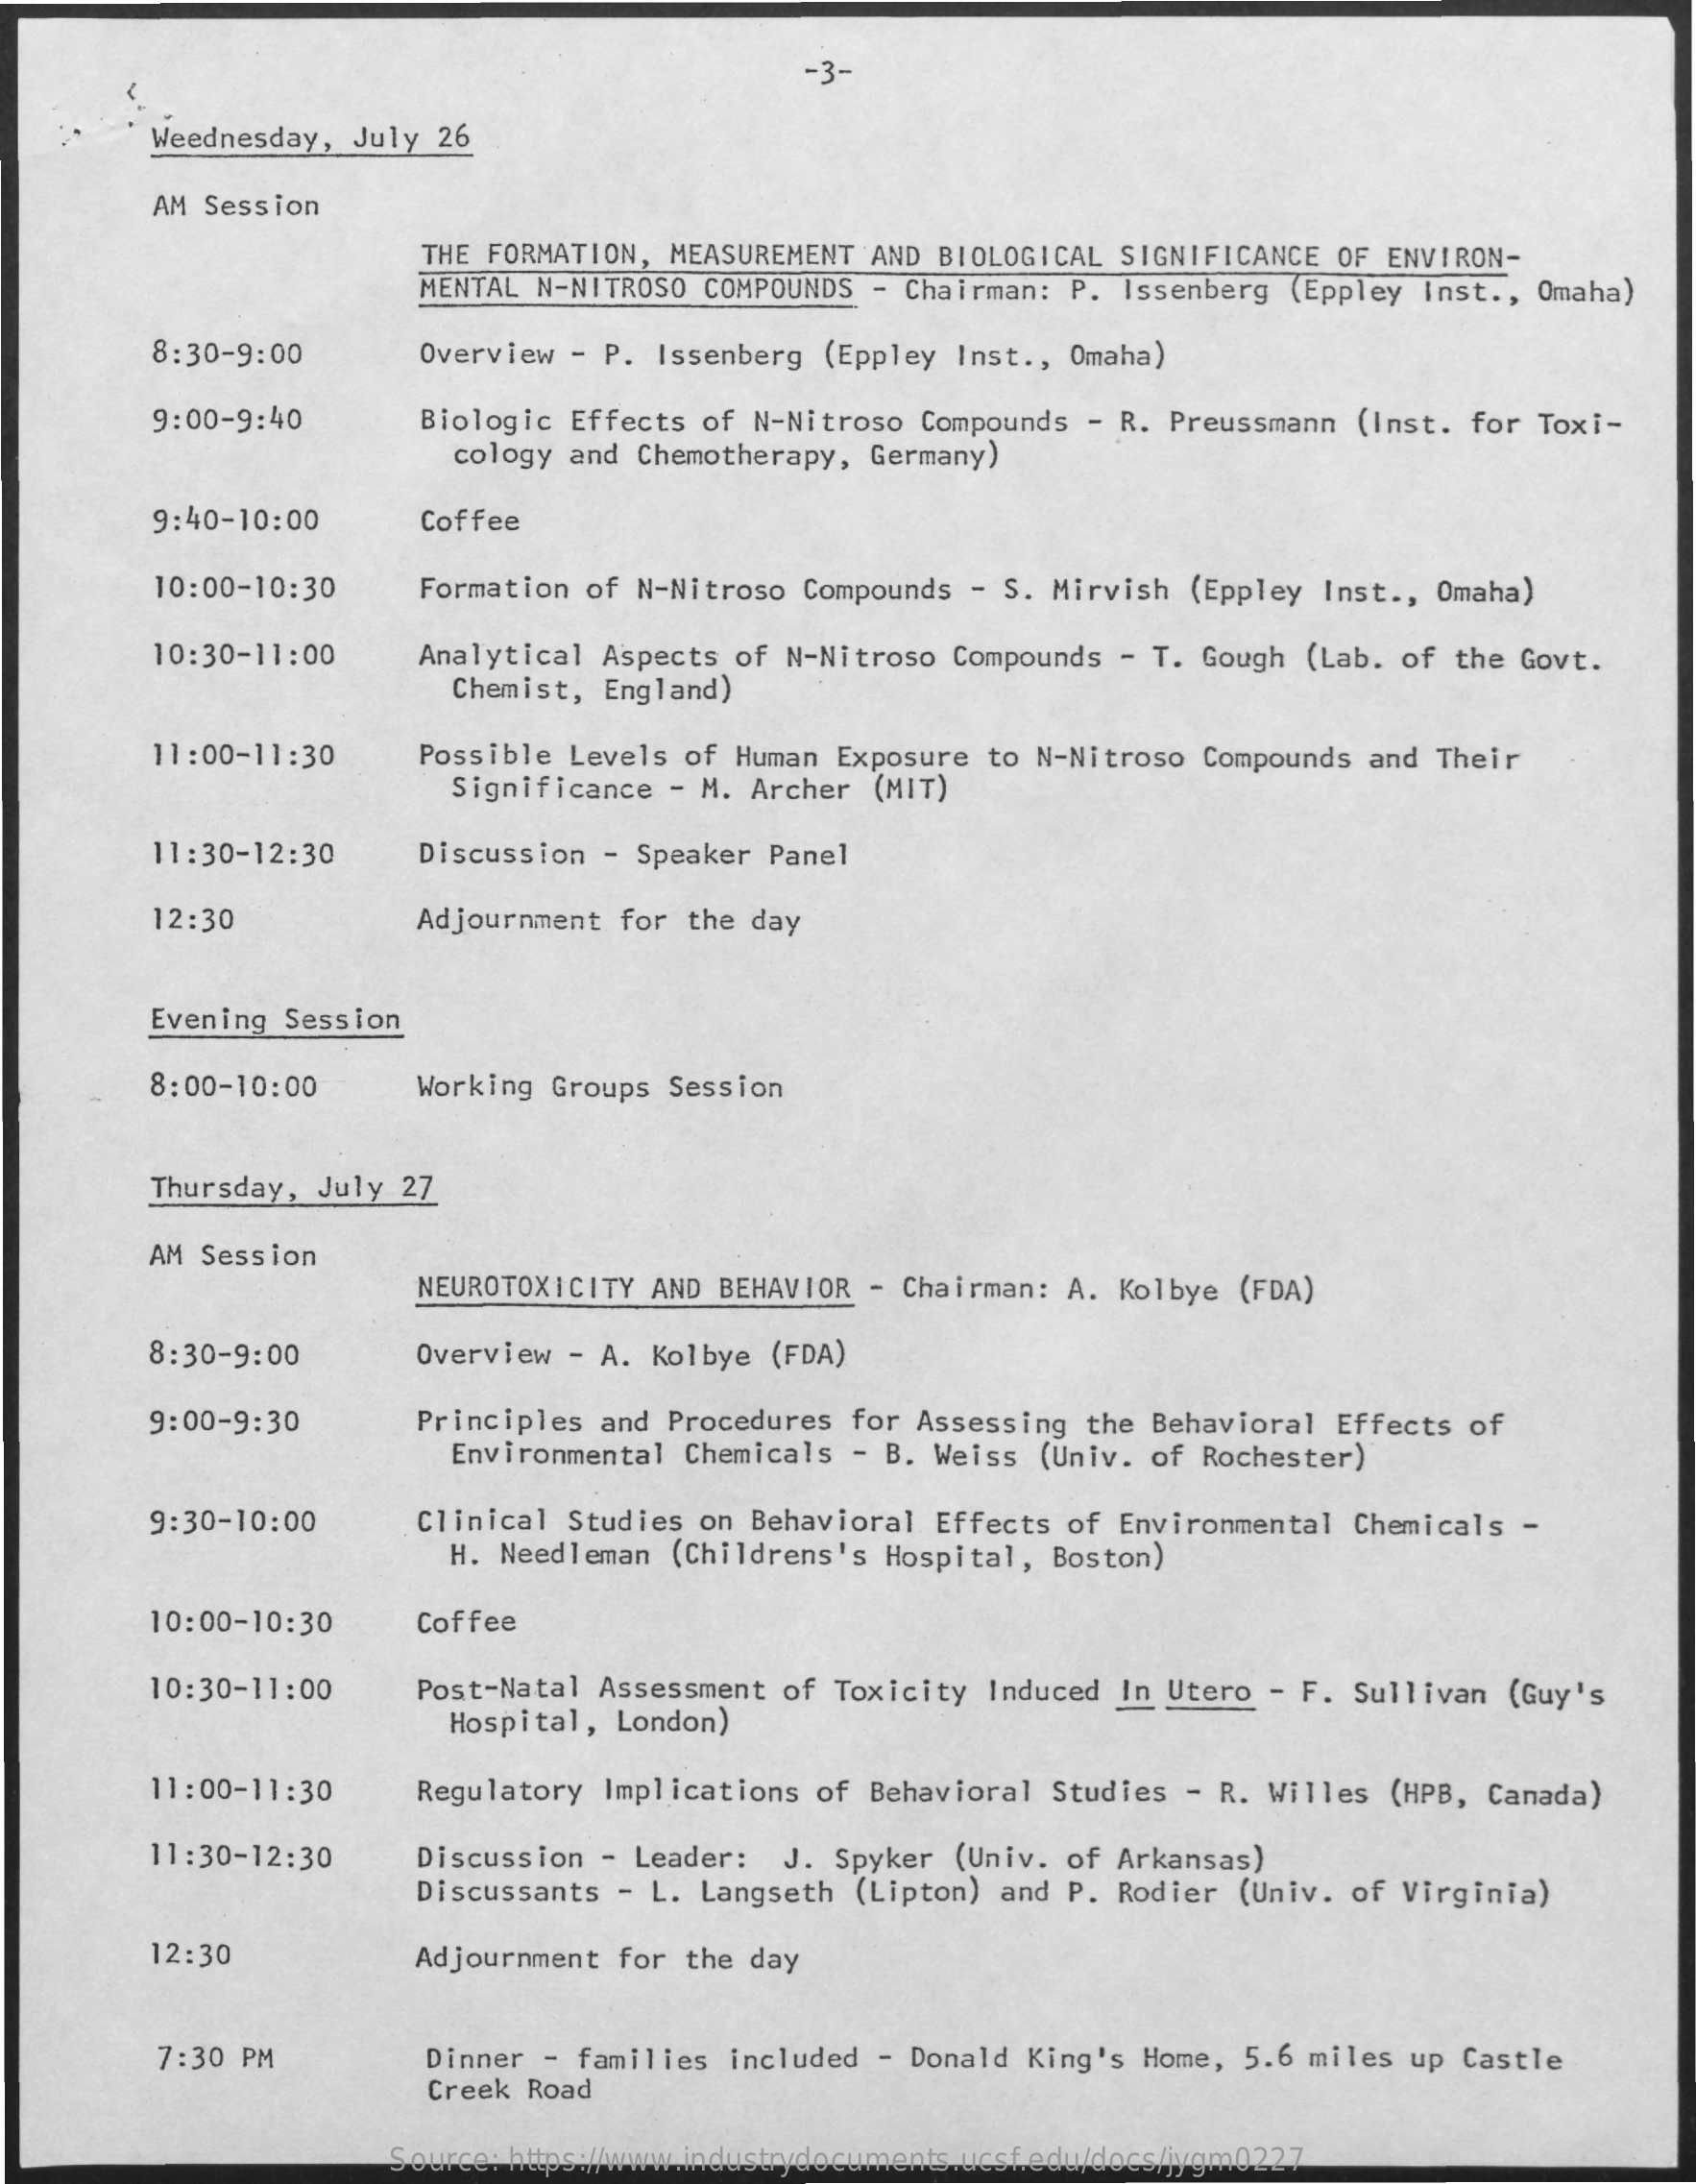
-3-
     Weednesday, July 26
     AM Session
     THE FORMATION, MEASUREMENT AND BIOLOGICAL SIGNIFICANCE OF ENVIRON-
     MENTAL N-NITROSO COMPOUNDS - Chairman: P. Issenberg (Eppley Inst ., Omaha)
     8:30-9:00    Overview - P. Issenberg (Eppley Inst ., Omaha)
     9:00-9:40    Biologic Effects of N-Nitroso Compounds - R. Preussmann (Inst. for Toxi-
     cology and Chemotherapy, Germany)
     9:40-10:00   Coffee
     10:00-10:30  Formation of N-Nitroso Compounds - S. Mirvish (Eppley Inst ., Omaha)
     10:30-11:00  Analytical Aspects of N-Nitroso Compounds - T. Gough (Lab. of the Govt.
     Chemist, England)
     11:00-11:30  Possible Levels of Human Exposure to N-Nitroso Compounds and Their
     Significance - M. Archer (MIT)
     11:30-12:30  Discussion - Speaker Panel
     12:30    Adjournment for the day
     Evening Session
     8:00-10:00   Working Groups Session
     Thursday, July 27
     AM Session
     NEUROTOXICITY AND BEHAVIOR - Chairman: A. Kolbye (FDA)
     8:30-9:00    Overview - A. Kolbye (FDA)
     9:00-9:30    Principles and Procedures for Assessing the Behavioral Effects of
     Environmental Chemicals - B. Weiss (Univ. of Rochester)
     9:30-10:00   Clinical Studies on Behavioral Effects of Environmental Chemicals -
     H. Needleman (Childrens's Hospital, Boston)
     10:00-10:30  Coffee
     10:30-11:00  Post-Natal Assessment of Toxicity Induced In Utero - F. Sullivan (Guy's
     Hospital, London)
     11:00-11:30  Regulatory Implications of Behavioral Studies - R. Willes (HPB, Canada)
     11:30-12:30  Discussion - Leader: J. Spyker (Univ. of Arkansas)
     Discussants - L. Langseth (Lipton) and P. Rodier (Univ. of Virginia)
     12:30    Adjournment for the day
     7:30 PM    Dinner - families included - Donald King's Home, 5.6 miles up Castle
     Creek Road
     Source: https://www.industrydocuments.ucsf.edu/docs/jygm0227